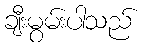
ချီးမွမ်းပါသည်